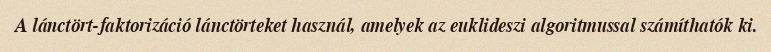
A lánctört-faktorizáció lánctörteket használ, amelyek az euklideszi algoritmussal számíthatók ki.